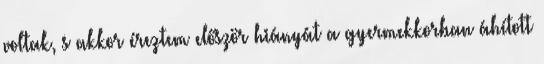
voltak, s akkor éreztem először hiányát a gyermekkorban áhított